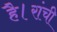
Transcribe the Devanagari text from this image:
है।रांची